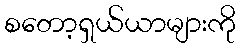
စတော့ရှယ်ယာများကို